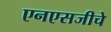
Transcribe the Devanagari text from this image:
एनएसजीचे